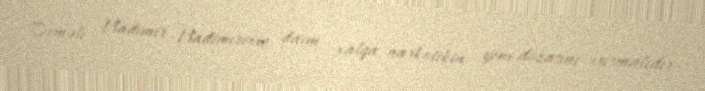
Deməli, Vladimir Vladimiroviç daim xalqa narkotikin yeni dozasını vurmalıdır,